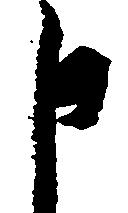
申